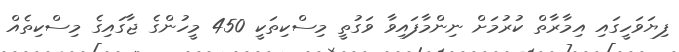
ފިޔަވަހީގައި އިމާރާތް ކުރުމަށް ނިންމާފައިވާ ވަގުތީ މިސްކިތަކީ 450 މީހުންގެ ޖާގައިގެ މިސްކިތެއް